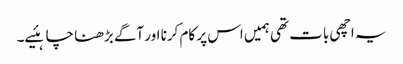
یہ اچھی بات تھی ہمیں اس پر کام کرنا اور آگے بڑھنا چاہئیے۔